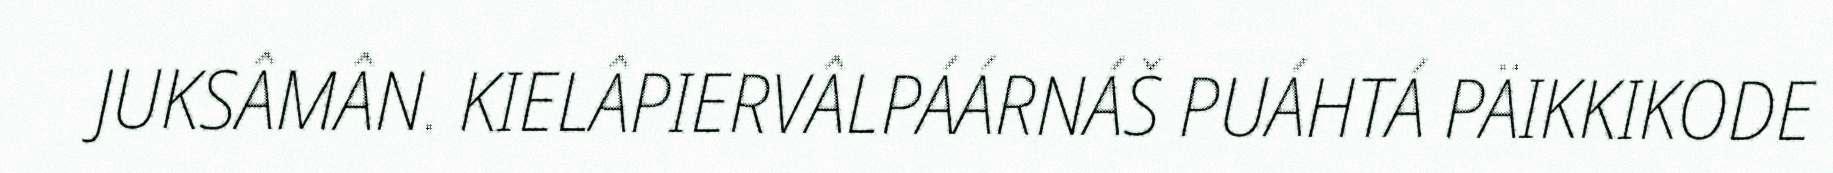
JUKSÂMÂN. KIELÂPIERVÂLPÁÁRNÁŠ PUÁHTÁ PÄIKKIKODE